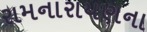
રામનારાયણના